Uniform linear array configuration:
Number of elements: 24
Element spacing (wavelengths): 0.5
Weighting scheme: uniform
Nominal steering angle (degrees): -15
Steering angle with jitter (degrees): -15.428
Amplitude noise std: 0.05
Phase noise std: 0.05

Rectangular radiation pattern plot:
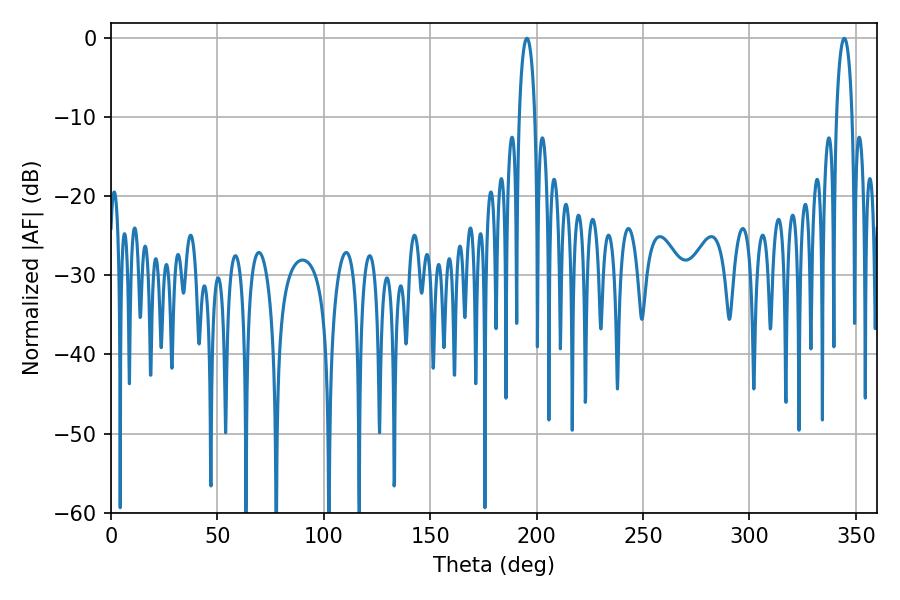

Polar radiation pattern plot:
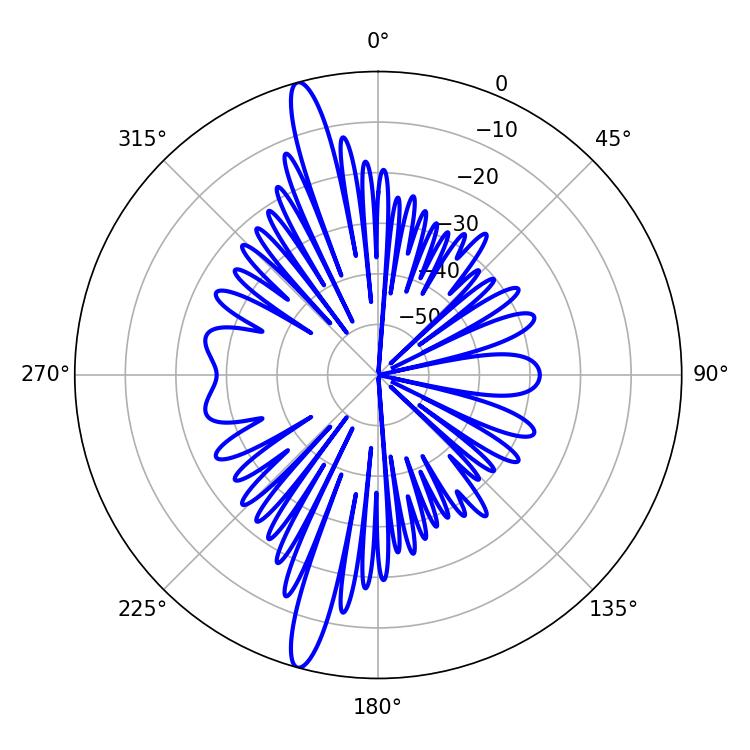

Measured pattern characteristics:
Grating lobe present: FALSE
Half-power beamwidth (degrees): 4.14
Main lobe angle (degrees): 195.48